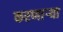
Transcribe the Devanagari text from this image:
करणाऱ्‍या